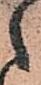
之